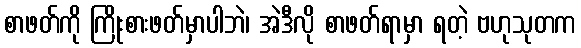
စာဖတ်ကို ကြိုးစားဖတ်မှာပါဘဲ၊ အဲဒီလို စာဖတ်ရာမှာ ရတဲ့ ဗဟုသုတက